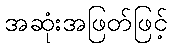
အဆုံးအဖြတ်ဖြင့်